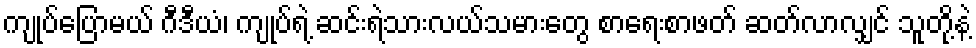
ကျုပ်ပြောမယ် ဂီဒီယံ၊ ကျုပ်ရဲ့ ဆင်းရဲသားလယ်သမားတွေ စာရေးစာဖတ် ဆတ်လာလျှင် သူတို့နဲ့